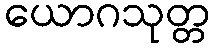
ယောဂသုတ္တ